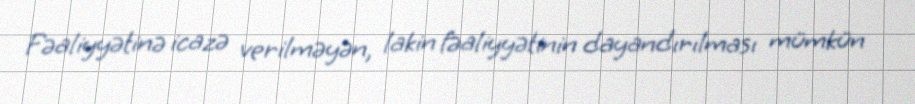
Fəaliyyətinə icazə verilməyən, lakin fəaliyyətinin dayandırılması mümkün